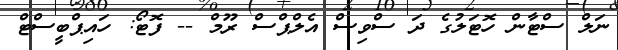
ނަލް ސްޓާން ހޮޓަލުގެ ދަ ސްވިސް އެލްޕްސް ރޫމް -- ފޮޓޯ: ހައިޕްބީސްޓް